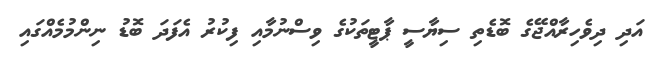
އަދި ދިވެހިރާއްޖޭގެ ބޮޑެތި ސިޔާސީ ޕާޓީތަކުގެ ވިސްނުމާއި ފިކުރު އެފަދަ ބޮޑު ނިންމުމެއްގައި